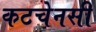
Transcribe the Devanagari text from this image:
कटचेनसी